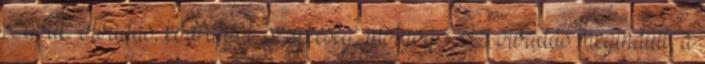
szavak: olvadás, ködfátyol, szürkeség, motyog Az olvadás megindult, a